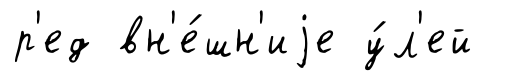
р'ед вн'е́шн'иjе у́л'ей